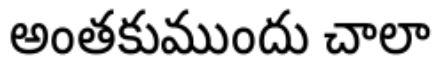
అంతకుముందు చాలా